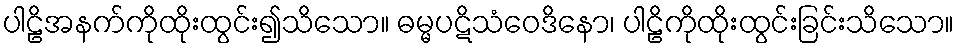
ပါဠိအနက်ကိုထိုးထွင်း၍သိသော။ ဓမ္မပဋိသံဝေဒိနော၊ ပါဠိကိုထိုးထွင်းခြင်းသိသော။